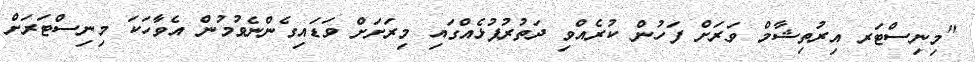
"މިނިސްޓަރ އިރުތިޝާމް ވަރަށް ފަހުން ކުރެއްވި ދަތުރުފުޅެއްގައި މިރަށަށް ވަޑައިގެންނެވުމުން އެވާހަކަ މިނިސްޓަރަށް